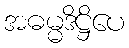
အဓမ္မဒိဋ္ဌိပေ